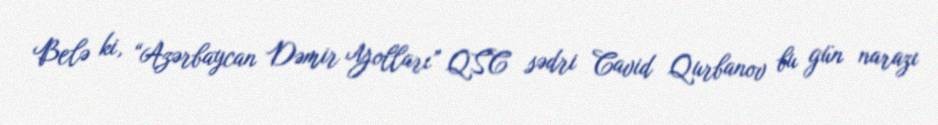
Belə ki, “Azərbaycan Dəmir Yolları” QSC sədri Cavid Qurbanov bu gün narazı